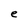
Character: e